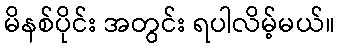
မိနစ်ပိုင်း အတွင်း ရပါလိမ့်မယ်။